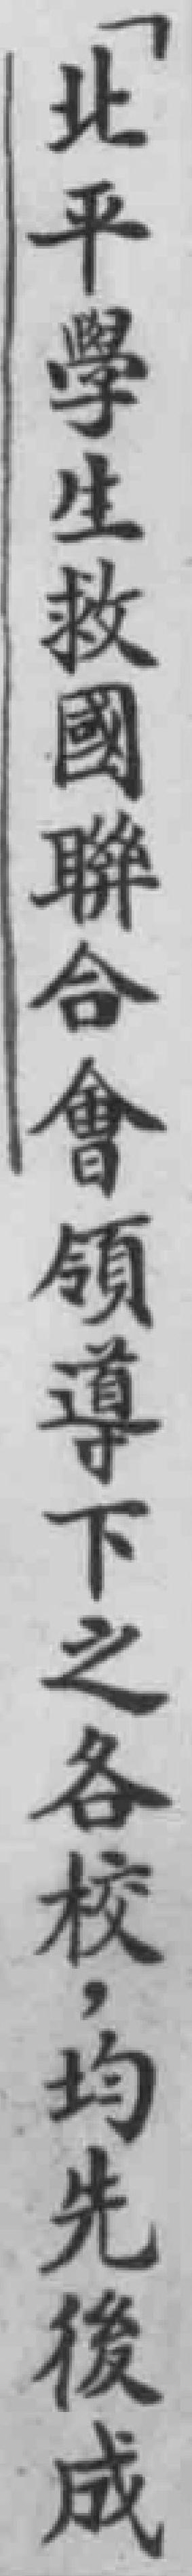
北平學生救國聯合會領導下之各校，均先後成